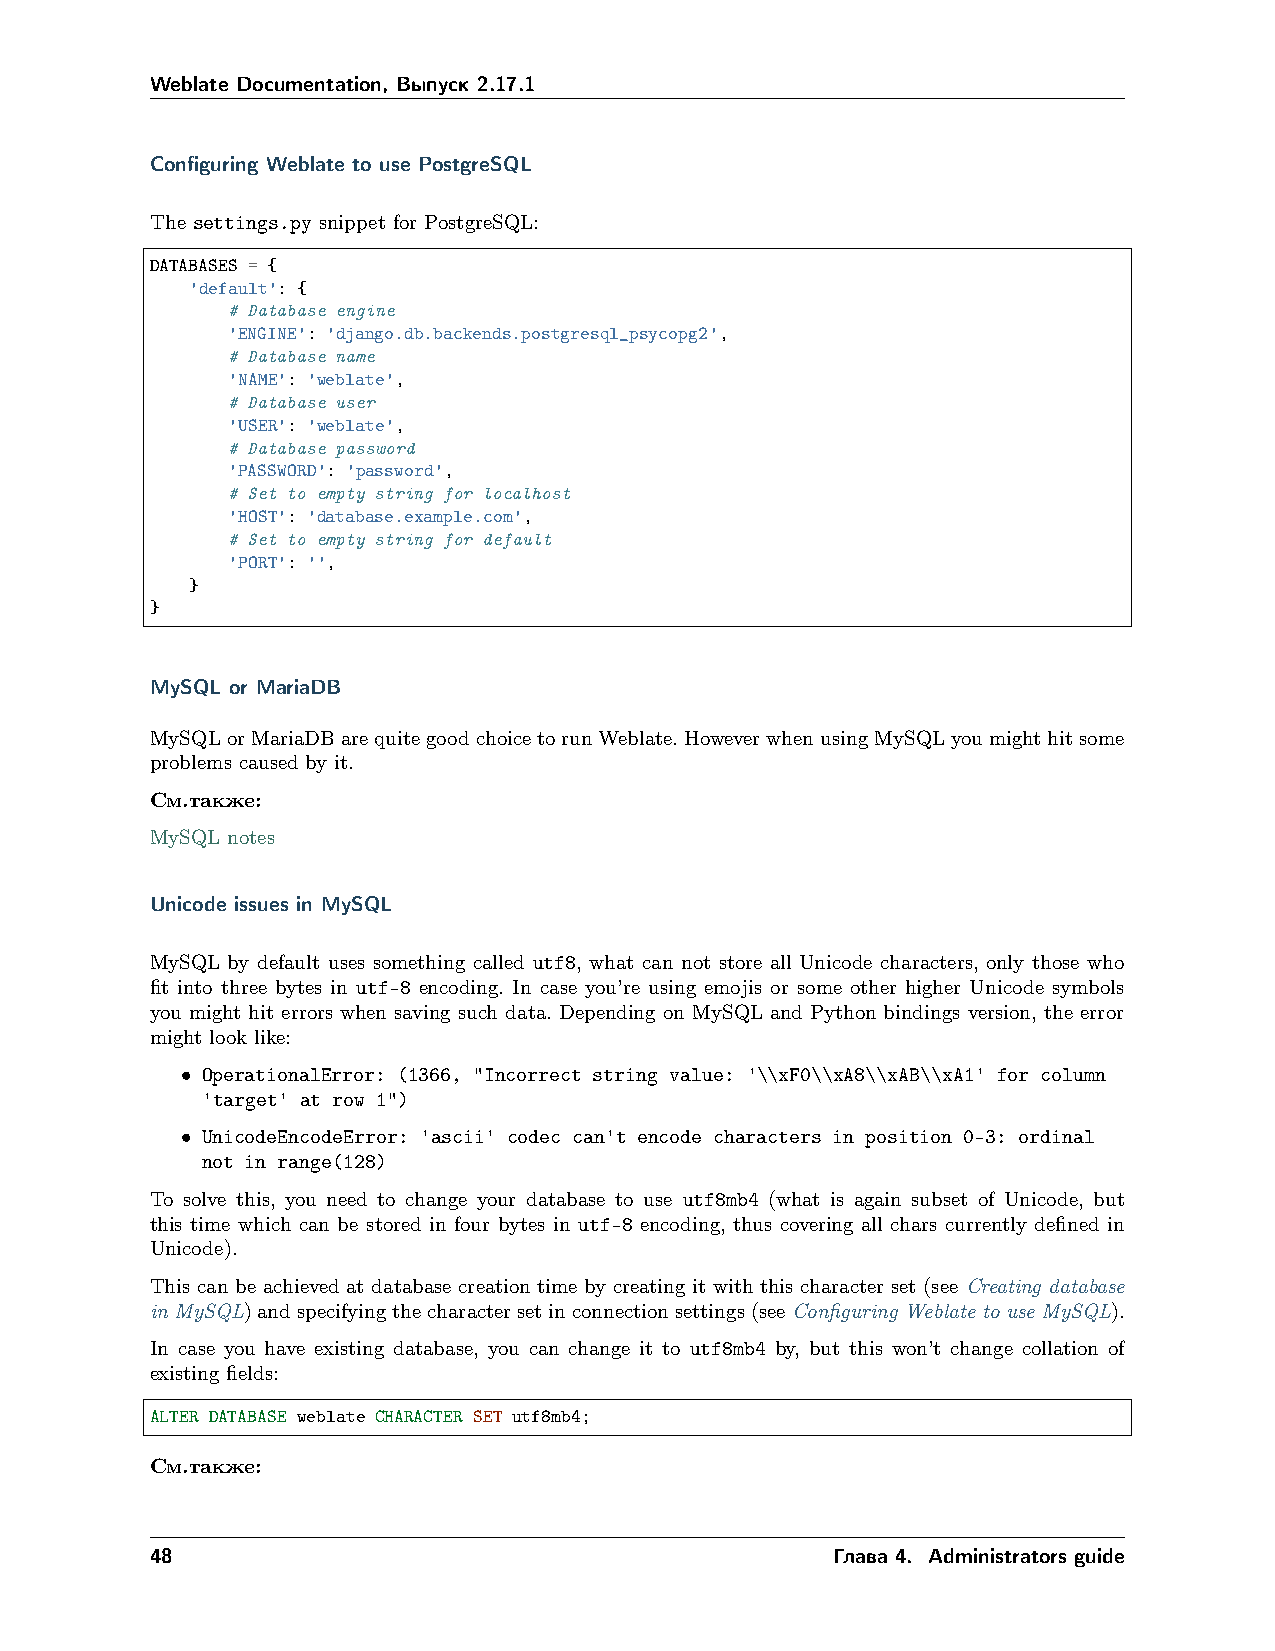
Weblate Documentation, Выпуск 2.17.1
 Configuring Weblate to use PostgreSQL
 The settings.py snippet for PostgreSQL:
 DATABASES = {
 'default': {
 # Database engine
 'ENGINE': 'django.db.backends.postgresql_psycopg2',
 # Database name
 'NAME': 'weblate',
 # Database user
 'USER': 'weblate',
 # Database password
 'PASSWORD': 'password',
 # Set to empty string for localhost
 'HOST': 'database.example.com',
 # Set to empty string for default
 'PORT': '',
 }
 }
 MySQL or MariaDB
 MySQLorMariaDBarequitegoodchoicetorunWeblate.HoweverwhenusingMySQLyoumighthitsome
 problems caused by it.
 См.также:
 MySQL notes
 Unicode issues in MySQL
 MySQL by default uses something called utf8, what can not store all Unicode characters, only those who
 fit into three bytes in utf-8 encoding. In case you’re using emojis or some other higher Unicode symbols
 you might hit errors when saving such data. Depending on MySQL and Python bindings version, the error
 might look like:
 • OperationalError: (1366, "Incorrect string value: '\\xF0\\xA8\\xAB\\xA1' for column
 'target' at row 1")
 • UnicodeEncodeError: 'ascii' codec can't encode characters in position 0-3: ordinal
 not in range(128)
 To solve this, you need to change your database to use utf8mb4 (what is again subset of Unicode, but
 this time which can be stored in four bytes in utf-8 encoding, thus covering all chars currently defined in
 Unicode).
 This can be achieved at database creation time by creating it with this character set (see Creating database
 in MySQL)andspecifyingthecharactersetinconnectionsettings(seeConfiguring Weblate to use MySQL).
 In case you have existing database, you can change it to utf8mb4 by, but this won’t change collation of
 existing fields:
 ALTER DATABASE weblate CHARACTER SET utf8mb4;
 См.также:
 48                                           Глава 4. Administrators guide